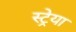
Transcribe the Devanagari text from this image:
स्ट्रेया